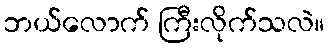
ဘယ်လောက် ကြီးလိုက်သလဲ။